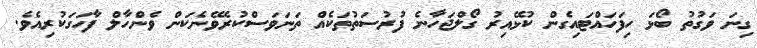
ގިނަ ވަގުތު ބޯޅަ ހިފަހައްޓައިގެން ކުޅޭއިރު ގޯލްޖަހާނެ ފުރުސަތުތަކެއް ތަނަވަސްކުރެވޭނެކަން ވެންހާލް ފާހަގަކުރިއެވެ.